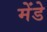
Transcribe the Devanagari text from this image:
मेंडे